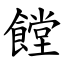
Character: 饄